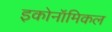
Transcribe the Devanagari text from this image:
इकोनॉमिकल